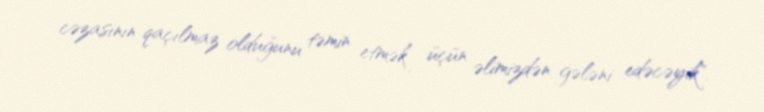
cəzasının qaçılmaz olduğunu təmin etmək üçün əlimizdən gələni edəcəyik".